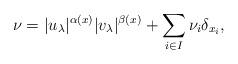
LaTeX: \begin{align*} \nu= |u_{\lambda}|^{\alpha(x)}|v_{\lambda}|^{\beta(x)}+ \sum_{i \in I}\nu_{i}\delta_{x_i},\end{align*}